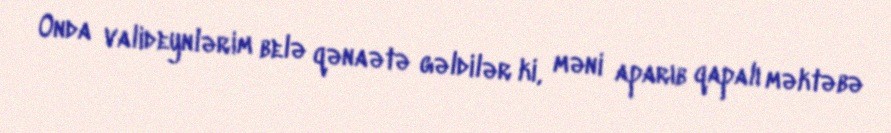
Onda valideynlərim belə qənaətə gəldilər ki, məni aparıb qapalı məktəbə